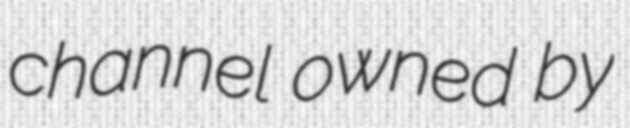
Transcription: channel owned by